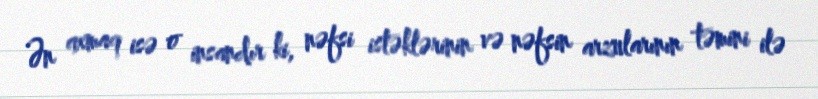
Ən axmaq isə o insandır ki, nəfsi istəklərinin və nəfsin arzularının təmini ilə